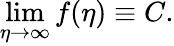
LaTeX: \operatorname*{lim}_{\eta\rightarrow\infty}f(\eta)\equiv C.